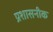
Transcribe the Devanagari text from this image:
प्रशासनीक